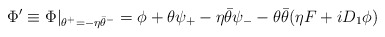
\begin{align*}\Phi' \equiv \Phi|_{\theta^+ = -\eta \bar{\theta}^-}= \phi + \theta \psi_+ - \eta \bar{\theta} \psi_- -\theta \bar{\theta} (\eta F +i D_1\phi)\end{align*}